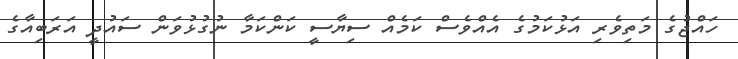
ހައްޖުގެ މަތިވެރި އަޅުކަމުގެ އެއްވެސް ކަމެއް ސިޔާސީ ކަންކަމާ ނުގުޅުވަން ސައުދީ އަރަބިއާގެ